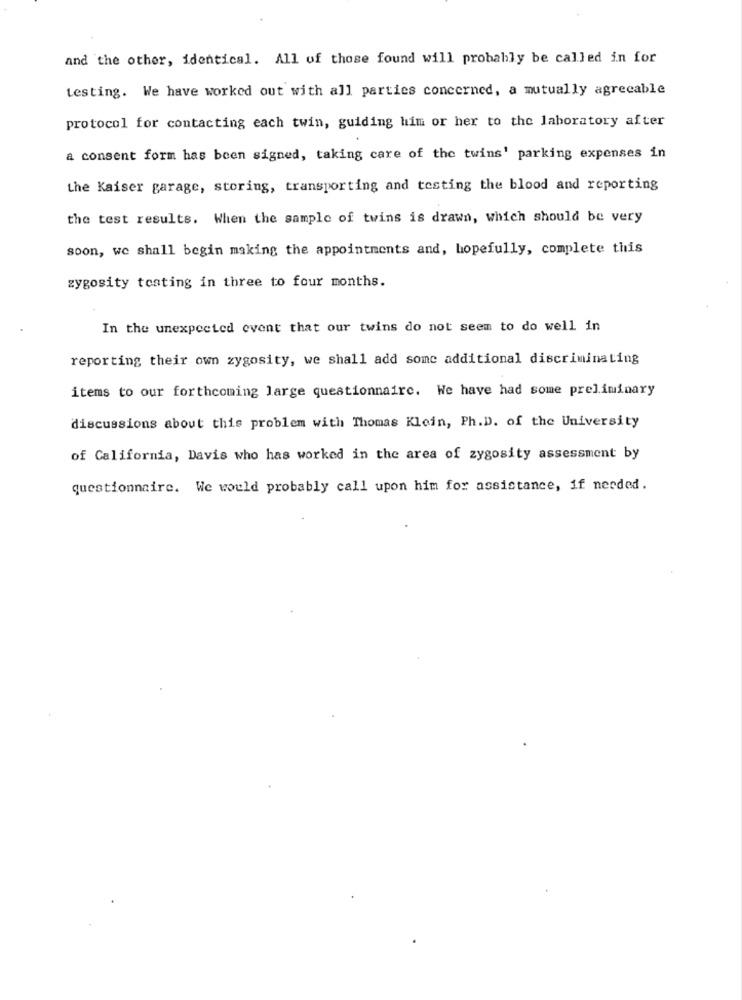
and the other, identical. All of those found will probably be called in for
testing. We have worked out with all parties concerned, a mutually agrecable
protocol for contacting each twin, guiding him or her to the laboratory after
a consent form has been signed, taking care of the twins' parking expenses in
the Kaiser garage, storing, transporting and testing the blood and reporting
the test results. When the sample of twins is drawn, which should be very
soon, we shall begin making the appointments and, hopefully, complete this
zygosity testing in three to four months.
In the unexpected event that our twins do not seem to do well in
reporting their own zygosity, we shall add some additional discriminating
items to our forthcoming large questionnaire. We have had some preliminary
discussions about this problem with Thomas Klein, Ph.D. of the University
of California, Davis who has worked in the area of zygosity assessment by
questionnaire. We would probably call upon him for assistance, if needed.